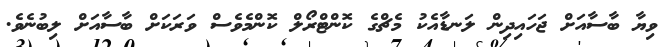
ވިޔާ ބާސާއަށް ޖަހައިދިން ލަނޑާއެކު މެޗްގެ ކޮންޓްރޯލް ކޮންމެވެސް ވަރަކަށް ބާސާއަށް ލިބުނެވެ.